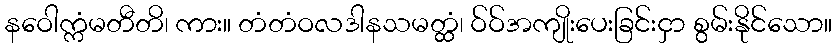
နဝေါက္ကံမတီတိ၊ ကား။ တံတံဝလဒါနသမတ္ထံ၊ ဝ်ဝ်အကျိုးပေးခြင်းငှာ စွမ်းနိုင်သော။